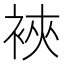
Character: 裌